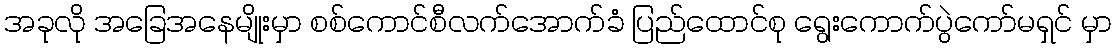
အခုလို အခြေအနေမျိုးမှာ စစ်ကောင်စီလက်အောက်ခံ ပြည်ထောင်စု ရွေးကောက်ပွဲကော်မရှင် မှာ